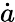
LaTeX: \dot{a}